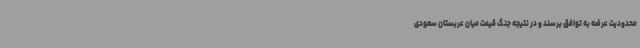
محدودیت عرضه به توافق برسند و در نتیجه جنگ قیمت میان عربستان سعودی